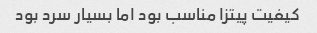
کیفیت پیتزا مناسب بود اما بسیار سرد بود